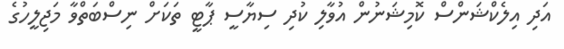
އަދި އިލެކްޝަންސް ކޮމިޝަނުން އުވާލި ކުދި ސިޔާސީ ޕާޓީ ތަކަށް ނިސްބަތްވާ މަޖިލީހުގެ